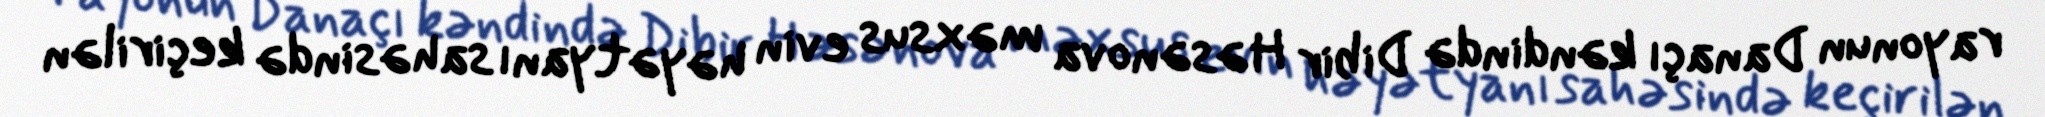
rayonun Danaçı kəndində Dibir Həsənova məxsus evin həyətyanı sahəsində keçirilən